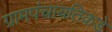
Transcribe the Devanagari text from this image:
ग्रामपंचायतिकडे